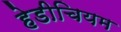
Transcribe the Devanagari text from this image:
हेडीचियम